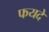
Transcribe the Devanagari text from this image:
फयदे